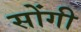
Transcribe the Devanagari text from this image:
सोंगी